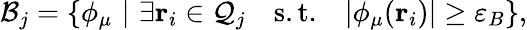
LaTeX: \mathcal{B}_{j}=\{ \phi_{\mu}\, \, \vert\, \, \exists\mathbf{r}_{i}\in\mathcal{Q}_{j}\quad\mathrm{s.t.}\quad\vert\phi_{\mu}(\mathbf{r}_{i})\vert\geq\varepsilon_{B}\} ,